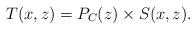
LaTeX: \begin{align*}T(x,z)=P_C(z)\times S(x,z).\end{align*}